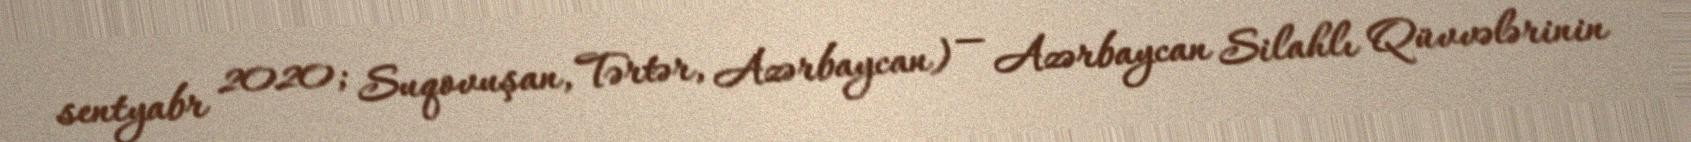
sentyabr 2020; Suqovuşan, Tərtər, Azərbaycan) — Azərbaycan Silahlı Qüvvələrinin